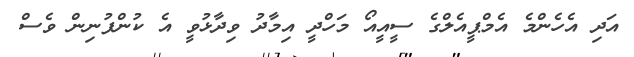
އަދި އެހެންމެ އެމްޕީއެލްގެ ސީއީއޯ މަހްދީ އިމާދު ވިދާޅުވީ އެ ކުންފުނިން ވެސް